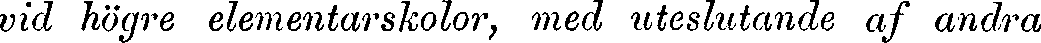
vid högre elementarskolor, med uteslutande af andra